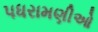
પધરામણીઓ